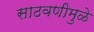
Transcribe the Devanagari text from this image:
साठवणीमुळे